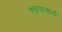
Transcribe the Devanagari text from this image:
१कृपाचार्य